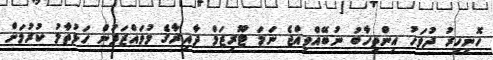
ހޮނިހިރު ދުވަހު އިންތިހާބު ނުބޭއްވިއްޖެ ނަމަ ޓޫރިޒަމް ދާއިރާގެ މުވައްޒަފުން ހަޅުތާލު ކުރުމަށް